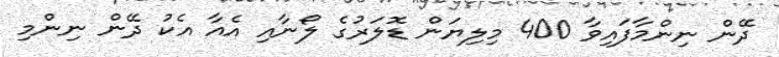
ދޭން ނިންމާފައިވާ 400 މިލިޔަން ޑޮލަރުގެ ލޯނާއި އެއާ އެކު ދޭން ނިންމި